Document type: Oath
Year: 1405
Scribe: Guillem de Lledó
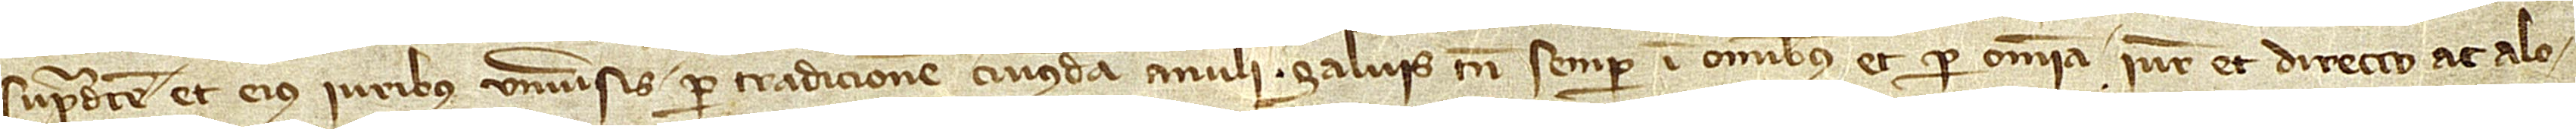
supradicte et eius iuribus universis per tradicionem cuiusdam anuli. Salvis tamen semper in omnibus et per omnia iure et directo ac alo-